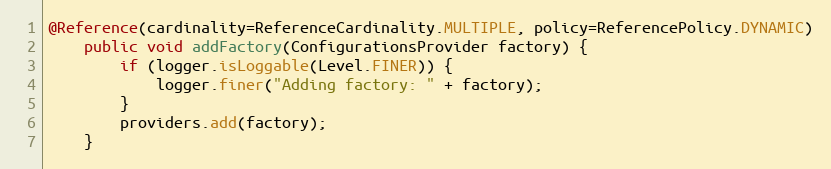
Language: Java
@Reference(cardinality=ReferenceCardinality.MULTIPLE, policy=ReferencePolicy.DYNAMIC)
	public void addFactory(ConfigurationsProvider factory) {
		if (logger.isLoggable(Level.FINER)) {
			logger.finer("Adding factory: " + factory);
		}
		providers.add(factory);
	}